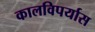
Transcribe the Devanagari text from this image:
कालविपर्यास